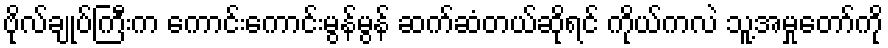
ဗိုလ်ချုပ်ကြီးက ကောင်းကောင်းမွန်မွန် ဆက်ဆံတယ်ဆိုရင် ကိုယ်ကလဲ သူ့အမှုတော်ကို